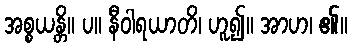
အစ္စယန္တိ။ ပ။ နီဝါရယာတိ၊ ဟူ၍။ အာဟ၊ ၏။